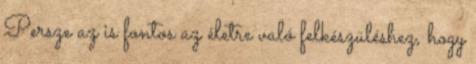
Persze az is fontos az életre való felkészüléshez, hogy